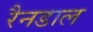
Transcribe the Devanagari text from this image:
रैनडाल